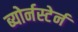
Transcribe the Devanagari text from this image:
ब्योर्नस्टेर्न